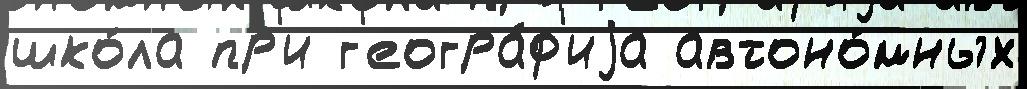
шко́ла пр'и г'еогра́ф'иjа автоно́мных